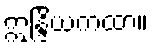
ဣန္ဒြိယကထာ။